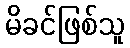
မိခင်ဖြစ်သူ